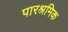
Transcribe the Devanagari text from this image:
पारश्रमिक